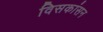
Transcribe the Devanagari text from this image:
विसकांसन